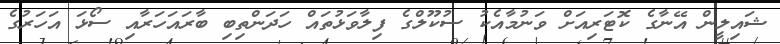
ޝައިލީން އޭނާގެ ކޮޓަރިއަށް ވަނުމާއެކު ސުކޫލްގެ ފިލާވަޅުތައް ހަދަންތިބި ބާރައަހަރާއި ސޯޅަ އަހަރުގެ